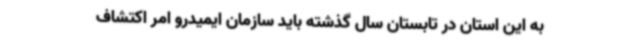
به این استان در تابستان سال گذشته باید سازمان ایمیدرو امر اکتشاف